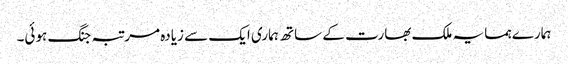
ہمارے ہمسایہ ملک بھارت کے ساتھ ہماری ایک سے زیادہ مرتبہ جنگ ہوئی۔